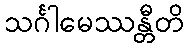
သင်္ဂါမေဿန္တီတိ